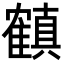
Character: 𬯳